Vaccination North-Western Provinces and Oudh 1878-1895 - 1878-1895
Year: 1878
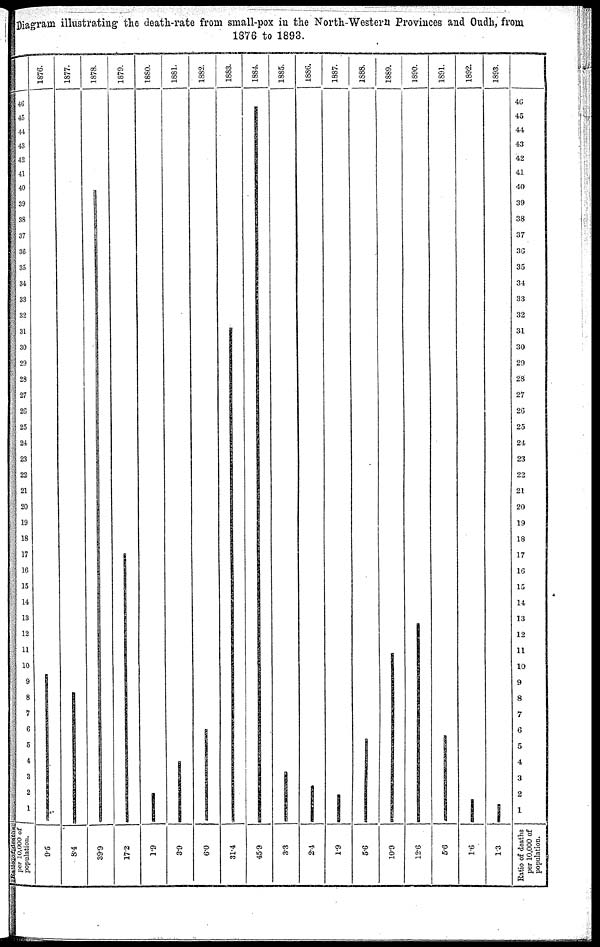
Diagram illustrating the death-rate from small-pox in the North-Western Provinces and Oudh, from
1876 to 1893.